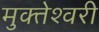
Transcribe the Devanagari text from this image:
मुक्‍तेश्‍वरी